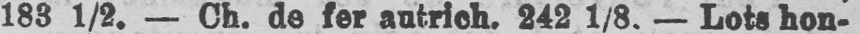
183 1/2. - Ch. de fer autrich. 242 1/8. - Lots hon-